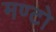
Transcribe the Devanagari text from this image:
मण्टो